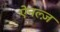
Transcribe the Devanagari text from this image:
ऐनल्ज़